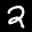
Label: 2